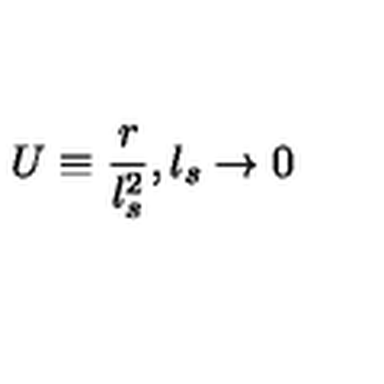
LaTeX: U \equiv \frac { r } { l _ { s } ^ { 2 } } , l _ { s } \rightarrow 0